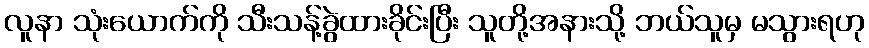
လူနာ သုံးယောက်ကို သီးသန့်ခွဲထားခိုင်းပြီး သူတို့အနားသို့ ဘယ်သူမှ မသွားရဟု